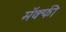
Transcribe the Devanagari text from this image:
मॅक्फी